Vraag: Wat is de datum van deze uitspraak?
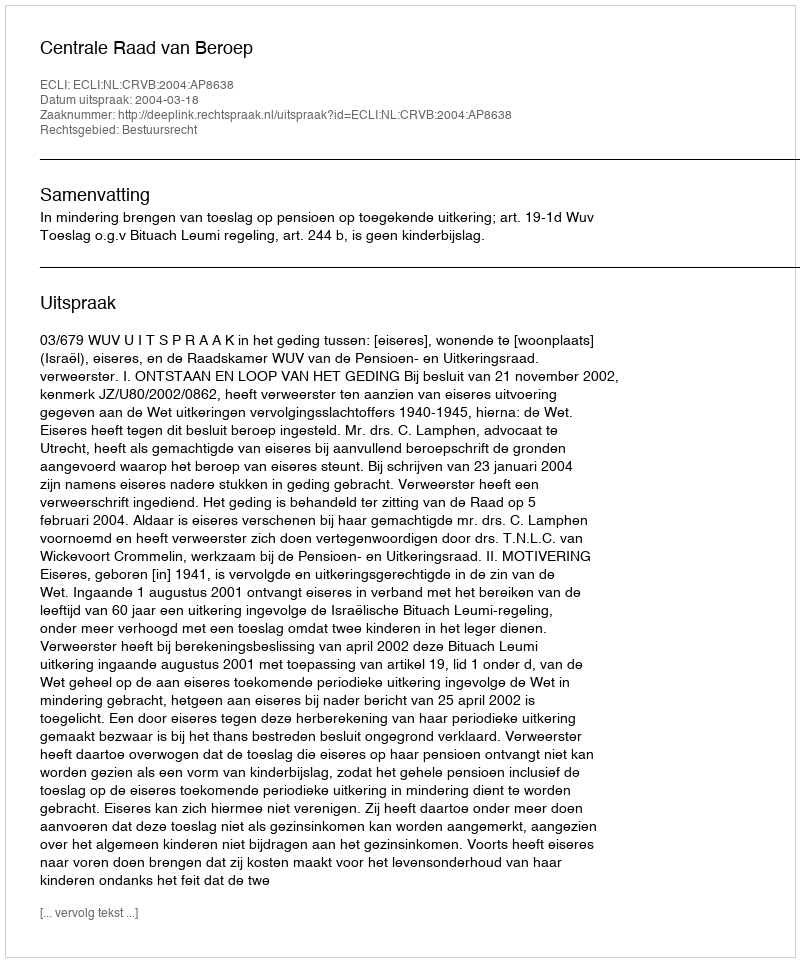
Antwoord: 2004-03-18